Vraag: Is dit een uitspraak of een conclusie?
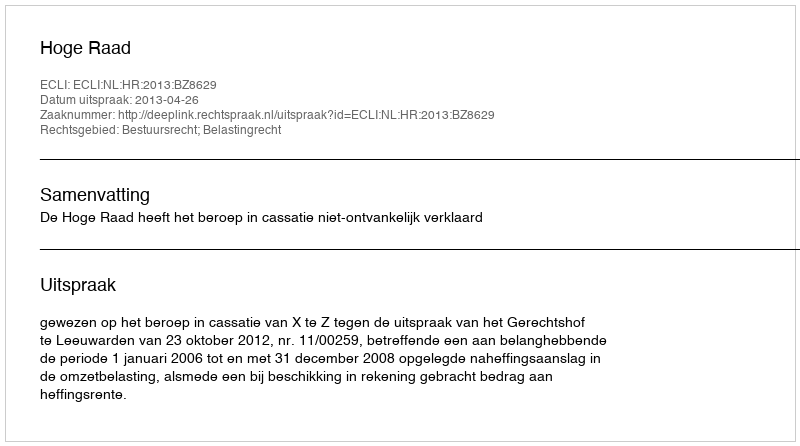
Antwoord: Uitspraak